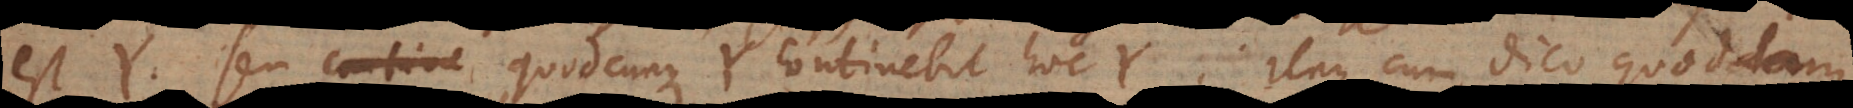
est Y, seu quodcunque Y continebit hoc Y. Itaque cum dico quoddam